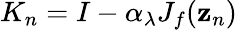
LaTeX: K_{n}=I-\alpha_{\lambda}{J}_{f}({\mathbf z}_{n})